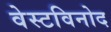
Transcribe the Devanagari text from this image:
वेस्टविनोद